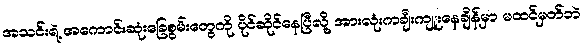
အသင်းရဲ့ အကောင်းဆုံးခြေစွမ်းတွေကို ပိုင်ဆိုင်နေပြီလို့ အားလုံးကချီးကျူးနေချိန်မှာ မထင်မှတ်ဘဲ